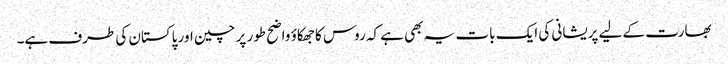
بھارت کے لیے پریشانی کی ایک بات یہ بھی ہے کہ روس کا جھکاؤ واضح طور پر چین اور پاکستان کی طرف ہے۔